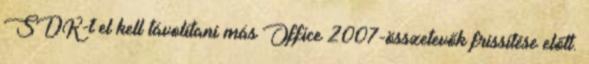
SDK-t el kell távolítani más Office 2007-összetevők frissítése előtt.